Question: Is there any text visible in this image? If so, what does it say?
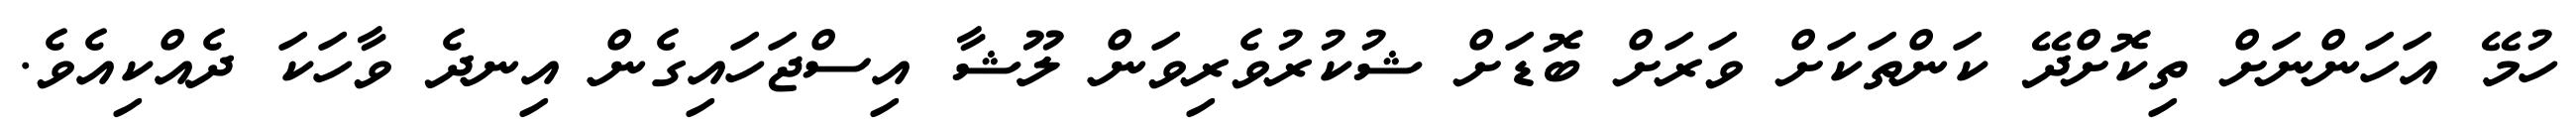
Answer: ހުމޭ އަހަންނަށް ތިކޮށްދޭ ކަންތަކަށް ވަރަށް ބޮޑަށް ޝުކުރުވެރިވަން ލޫޝާ އިސްޖަހައިގެން އިނދެ ވާހަކަ ދެއްކިއެވެ.